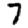
Digit: 7